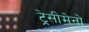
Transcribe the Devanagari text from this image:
ट्रेसीमेनो